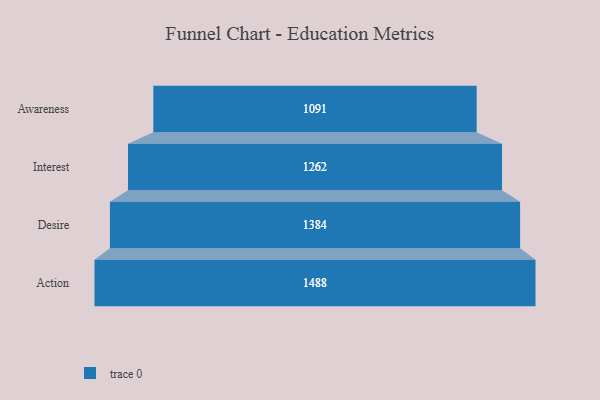
{"axis": {"x": "Stage", "y": "Value"}, "legend": [""], "data": [{"x": "Awareness", "y": 1091.0, "type": ""}, {"x": "Interest", "y": 1262.0, "type": ""}, {"x": "Desire", "y": 1384.0, "type": ""}, {"x": "Action", "y": 1488.0, "type": ""}]}